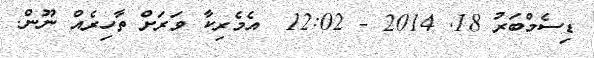
ޑިސެމްބަރު 18